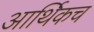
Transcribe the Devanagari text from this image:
आर्थिकच